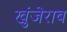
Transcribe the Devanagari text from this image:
खुंजेराब